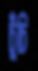
চুঁচি